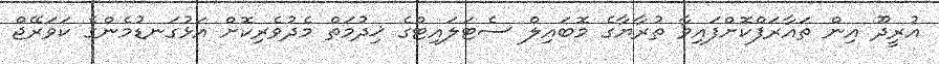
އުރީދޫ އިން ތައާރަފްކޮށްފައިވާ ތުރާޔާގެ މޮބައިލް ސެޓަލައިޓްގެ ޚިދުމަތް މެދުވެރިކޮށް އަޅުގަނޑުމެންގެ ކަވަރޭޖް